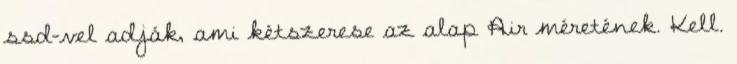
ssd-vel adják, ami kétszerese az alap Air méretének. Kell.